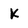
Character: K